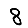
Digit: 8